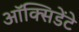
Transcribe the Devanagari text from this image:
ऑक्सिडेंटे